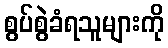
စွပ်စွဲခံရသူများကို